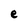
Character: e